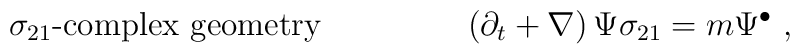
\sigma_{21} \mbox{-complex geometry}~~~~~~~~~~~~~\left( \partial_t  + \nabla \right) \Psi \sigma_{21}= m \Psi^{\bullet}~,